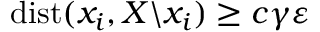
\mathrm { d i s t } ( x _ { i } , X \backslash x _ { i } ) \geq c \gamma \varepsilon